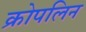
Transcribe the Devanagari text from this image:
क्रोपलिन